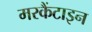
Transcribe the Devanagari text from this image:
मरकैंटाइन